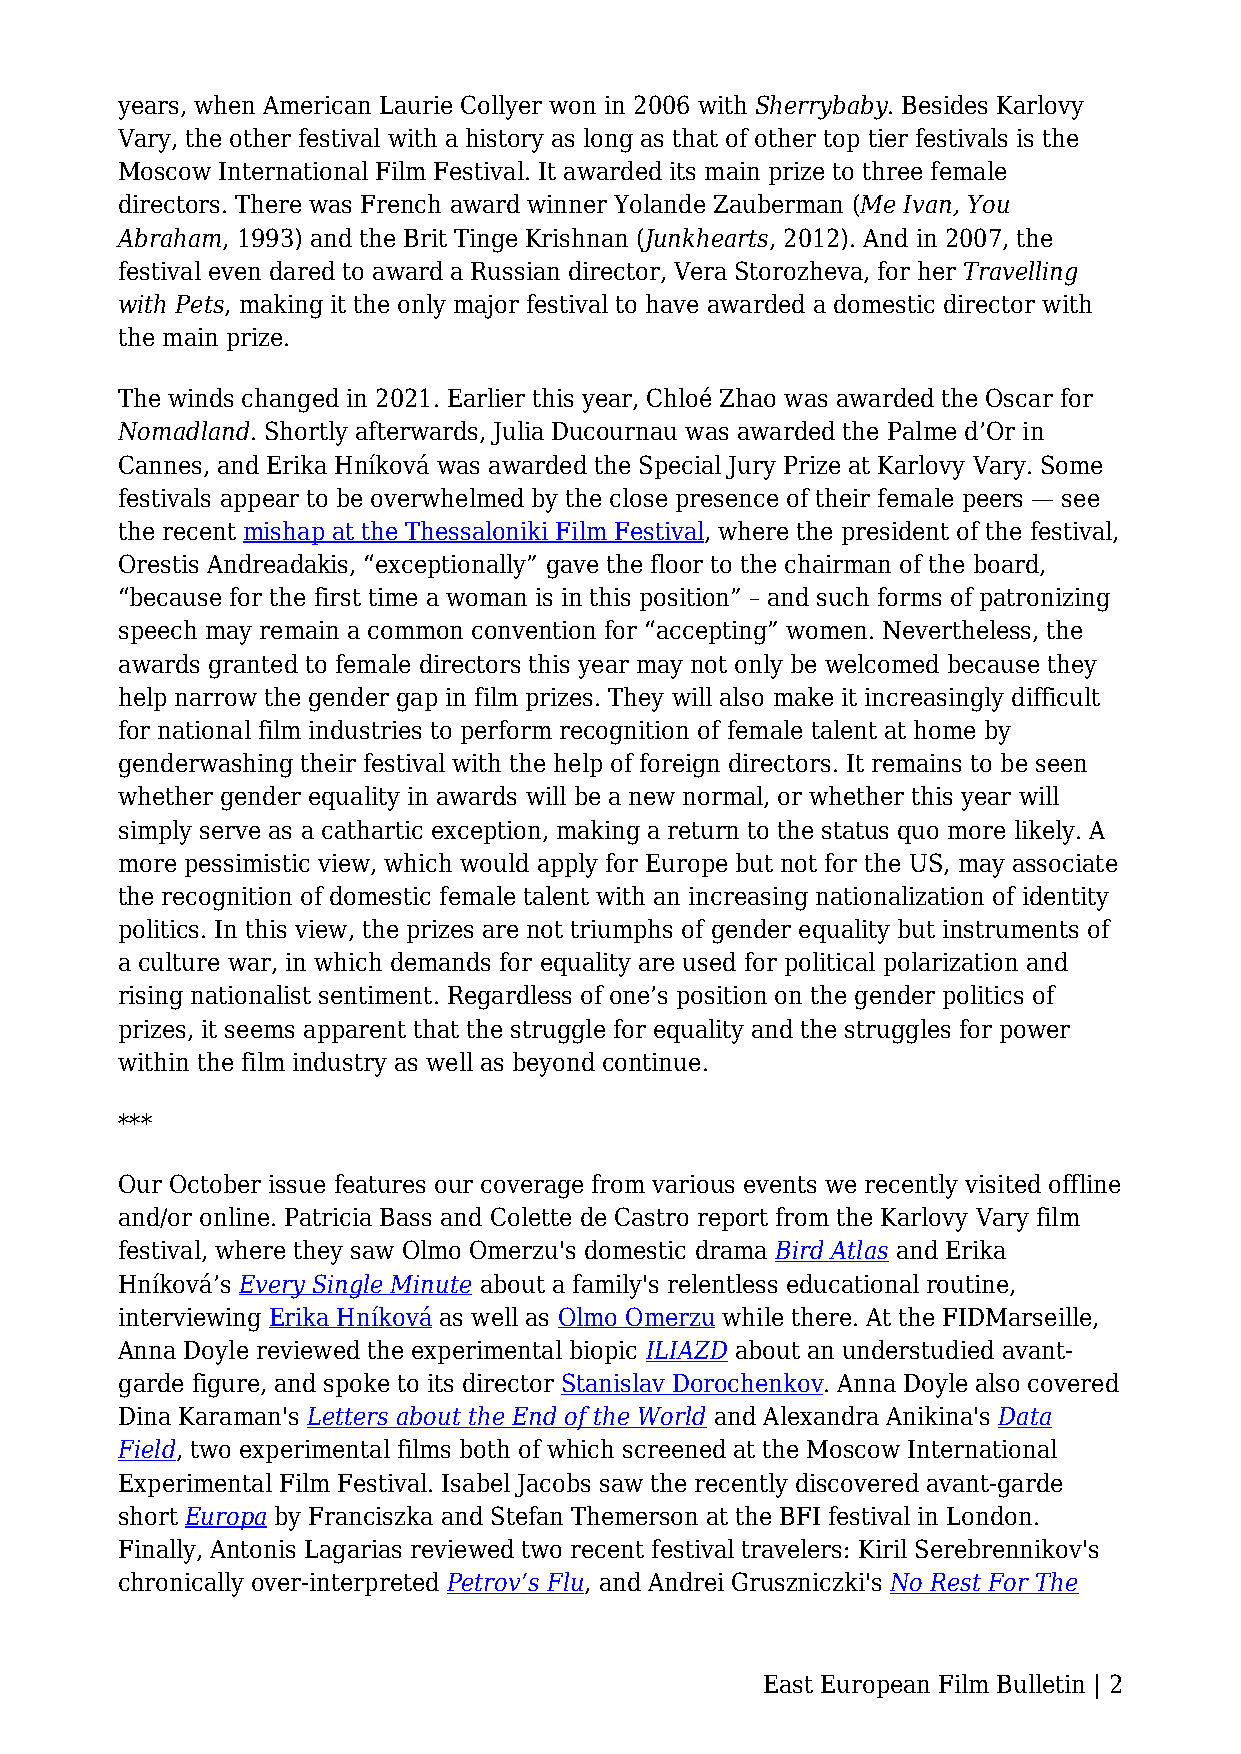
years, when American Laurie Collyer won in 2006 with Sherrybaby. Besides Karlovy
 Vary, the other festival with a history as long as that of other top tier festivals is the
 Moscow International Film Festival. It awarded its main prize to three female
 directors. There was French award winner Yolande Zauberman (Me Ivan, You
 Abraham, 1993) and the Brit Tinge Krishnan (Junkhearts, 2012). And in 2007, the
 festival even dared to award a Russian director, Vera Storozheva, for her Travelling
 with Pets, making it the only major festival to have awarded a domestic director with
 the main prize.
 The winds changed in 2021. Earlier this year, Chloé Zhao was awarded the Oscar for
 Nomadland. Shortly afterwards, Julia Ducournau was awarded the Palme d’Or in
 Cannes, and Erika Hníková was awarded the Special Jury Prize at Karlovy Vary. Some
 festivals appear to be overwhelmed by the close presence of their female peers — see
 the recent mishap at the Thessaloniki Film Festival, where the president of the festival,
 Orestis Andreadakis, “exceptionally” gave the floor to the chairman of the board,
 “because for the first time a woman is in this position” – and such forms of patronizing
 speech may remain a common convention for “accepting” women. Nevertheless, the
 awards granted to female directors this year may not only be welcomed because they
 help narrow the gender gap in film prizes. They will also make it increasingly difficult
 for national film industries to perform recognition of female talent at home by
 genderwashing their festival with the help of foreign directors. It remains to be seen
 whether gender equality in awards will be a new normal, or whether this year will
 simply serve as a cathartic exception, making a return to the status quo more likely. A
 more pessimistic view, which would apply for Europe but not for the US, may associate
 the recognition of domestic female talent with an increasing nationalization of identity
 politics. In this view, the prizes are not triumphs of gender equality but instruments of
 a culture war, in which demands for equality are used for political polarization and
 rising nationalist sentiment. Regardless of one’s position on the gender politics of
 prizes, it seems apparent that the struggle for equality and the struggles for power
 within the film industry as well as beyond continue.
 ***
 Our October issue features our coverage from various events we recently visited offline
 and/or online. Patricia Bass and Colette de Castro report from the Karlovy Vary film
 festival, where they saw Olmo Omerzu's domestic drama Bird Atlas and Erika
 Hníková’s Every Single Minute about a family's relentless educational routine,
 interviewing Erika Hníková as well as Olmo Omerzu while there. At the FIDMarseille,
 Anna Doyle reviewed the experimental biopic ILIAZD about an understudied avant-
 garde figure, and spoke to its director Stanislav Dorochenkov. Anna Doyle also covered
 Dina Karaman's Letters about the End of the World and Alexandra Anikina's Data
 Field, two experimental films both of which screened at the Moscow International
 Experimental Film Festival. Isabel Jacobs saw the recently discovered avant-garde
 short Europa by Franciszka and Stefan Themerson at the BFI festival in London.
 Finally, Antonis Lagarias reviewed two recent festival travelers: Kiril Serebrennikov's
 chronically over-interpreted Petrov’s Flu, and Andrei Gruszniczki's No Rest For The
 East European Film Bulletin | 2